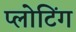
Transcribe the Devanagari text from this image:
प्लोटिंग